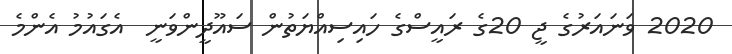
2020 ވަނައަރުގެ ޖީ 20ގެ ރައީސްގެ ހައިސިއްޔަތުން ސައޫދީންވަނީ  އެގައުމު އެންމެ